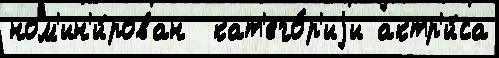
ном'ин'и́рован  кат'его́р'иjи актр'и́са